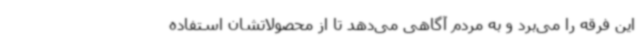
این فرقه را می‌برد و به مردم آگاهی می‌دهد تا از محصولاتشان استفاده